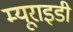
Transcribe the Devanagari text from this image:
म्यूराइडी